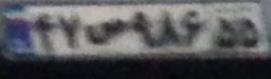
۴۷ص۹۸۶۵۵